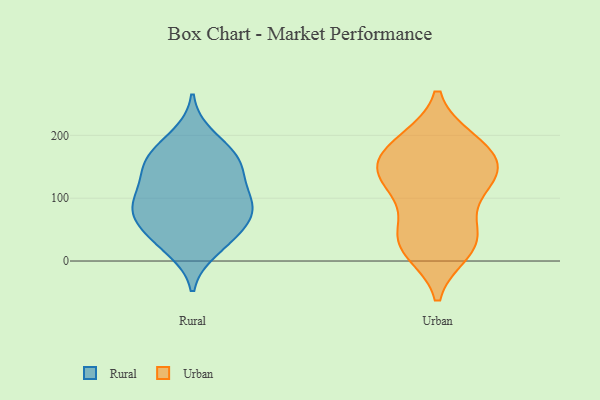
{"axis": {"x": "Production Output", "y": "Value"}, "legend": ["Rural", "Urban"], "data": [{"x": "", "y": 164, "type": "Rural"}, {"x": "", "y": 73, "type": "Rural"}, {"x": "", "y": 76, "type": "Rural"}, {"x": "", "y": 35, "type": "Rural"}, {"x": "", "y": 198, "type": "Rural"}, {"x": "", "y": 130, "type": "Rural"}, {"x": "", "y": 101, "type": "Rural"}, {"x": "", "y": 19, "type": "Rural"}, {"x": "", "y": 40, "type": "Rural"}, {"x": "", "y": 93, "type": "Rural"}, {"x": "", "y": 161, "type": "Rural"}, {"x": "", "y": 166, "type": "Rural"}, {"x": "", "y": 95, "type": "Rural"}, {"x": "", "y": 146, "type": "Rural"}, {"x": "", "y": 69, "type": "Rural"}, {"x": "", "y": 165, "type": "Urban"}, {"x": "", "y": 144, "type": "Urban"}, {"x": "", "y": 190, "type": "Urban"}, {"x": "", "y": 30, "type": "Urban"}, {"x": "", "y": 28, "type": "Urban"}, {"x": "", "y": 138, "type": "Urban"}, {"x": "", "y": 133, "type": "Urban"}, {"x": "", "y": 126, "type": "Urban"}, {"x": "", "y": 187, "type": "Urban"}, {"x": "", "y": 34, "type": "Urban"}, {"x": "", "y": 64, "type": "Urban"}, {"x": "", "y": 120, "type": "Urban"}, {"x": "", "y": 181, "type": "Urban"}, {"x": "", "y": 17, "type": "Urban"}]}